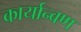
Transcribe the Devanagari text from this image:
कार्यान्वण